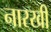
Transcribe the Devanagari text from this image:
नारखी